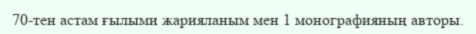
70-тен астам ғылыми жарияланым мен 1 монографияның авторы.